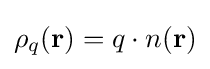
{\textstyle \rho _{q}(\mathbf {r} )=q\cdot n(\mathbf {r} )}